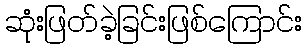
ဆုံးဖြတ်ခဲ့ခြင်းဖြစ်ကြောင်း